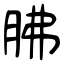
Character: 胇